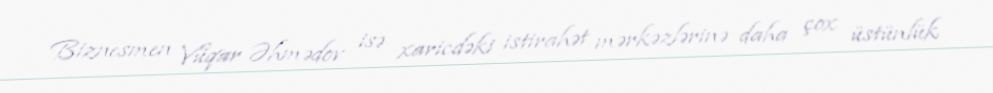
Biznesmen Vüqar Əhmədov isə xaricdəki istirahət mərkəzlərinə daha çox üstünlük